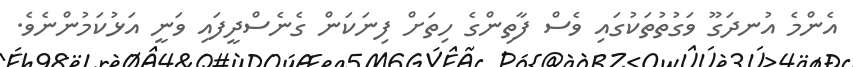
އެންމެ އުނދަގޫ ވަގުތުތަކުގައި ވެސް ފާތިންގެ ހިތަށް ފިނަކަން ގެނެސްދީފައި ވަނީ އަޅުކަމުންނެވެ.